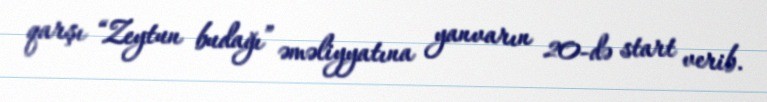
qarşı “Zeytun budağı” əməliyyatına yanvarın 20-də start verib.